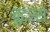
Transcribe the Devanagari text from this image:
बुट्रस